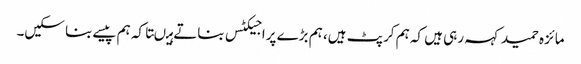
مائزہ حمید کہہ رہی ہیں کہ ہم کرپٹ ہیں، ہم بڑے پراجیکٹس بناتے ہیںتاکہ ہم پیسے بنا سکیں۔